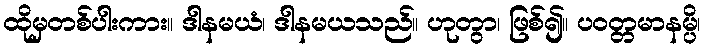
ထိုမှတစ်ပါးကား။ ဒါနမယံ၊ ဒါနမယသည်။ ဟုတွာ၊ ဖြစ်၍။ ပဝတ္တမာနမ္ပိ၊